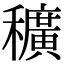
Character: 穬